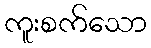
ကူးစက်သော